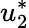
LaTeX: u_{2}^{*}